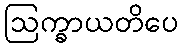
ဩက္ခာယတိပေ